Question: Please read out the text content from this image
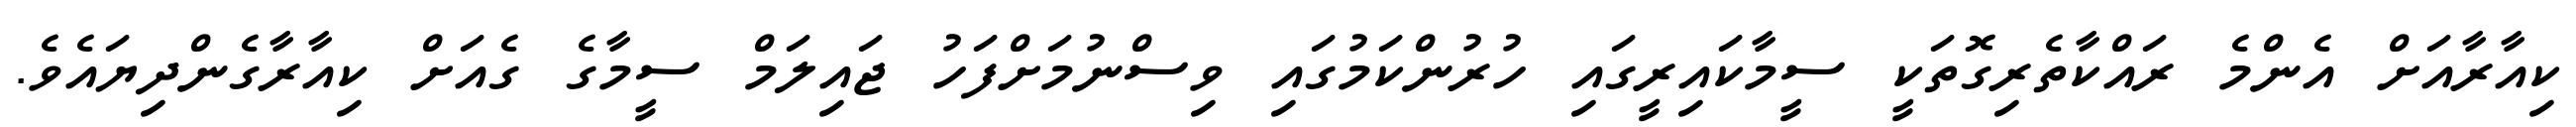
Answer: ކިއާރާއަށް އެންމެ ރައްކާތެރިގޮތަކީ ސީމާކައިރީގައި ހުރުންކަމުގައި ވިސްނުމަށްފަހު ޖައިލަމް ސީމާގެ ގެއަށް ކިއާރާގެންދިޔައެވެ.